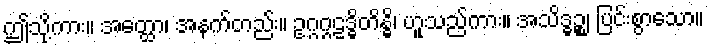
ဤသို့ကား။ အတ္ထော၊ အနက်တည်း။ ဥဂ္ဂဂ္ဂဠဒ္ဓိတိန္ဓိ၊ ဟူသည်ကား။ အသိဒ္ဓဉ္စ၊ ပြင်းစွာသော။